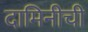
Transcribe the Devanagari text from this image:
दामिनीची